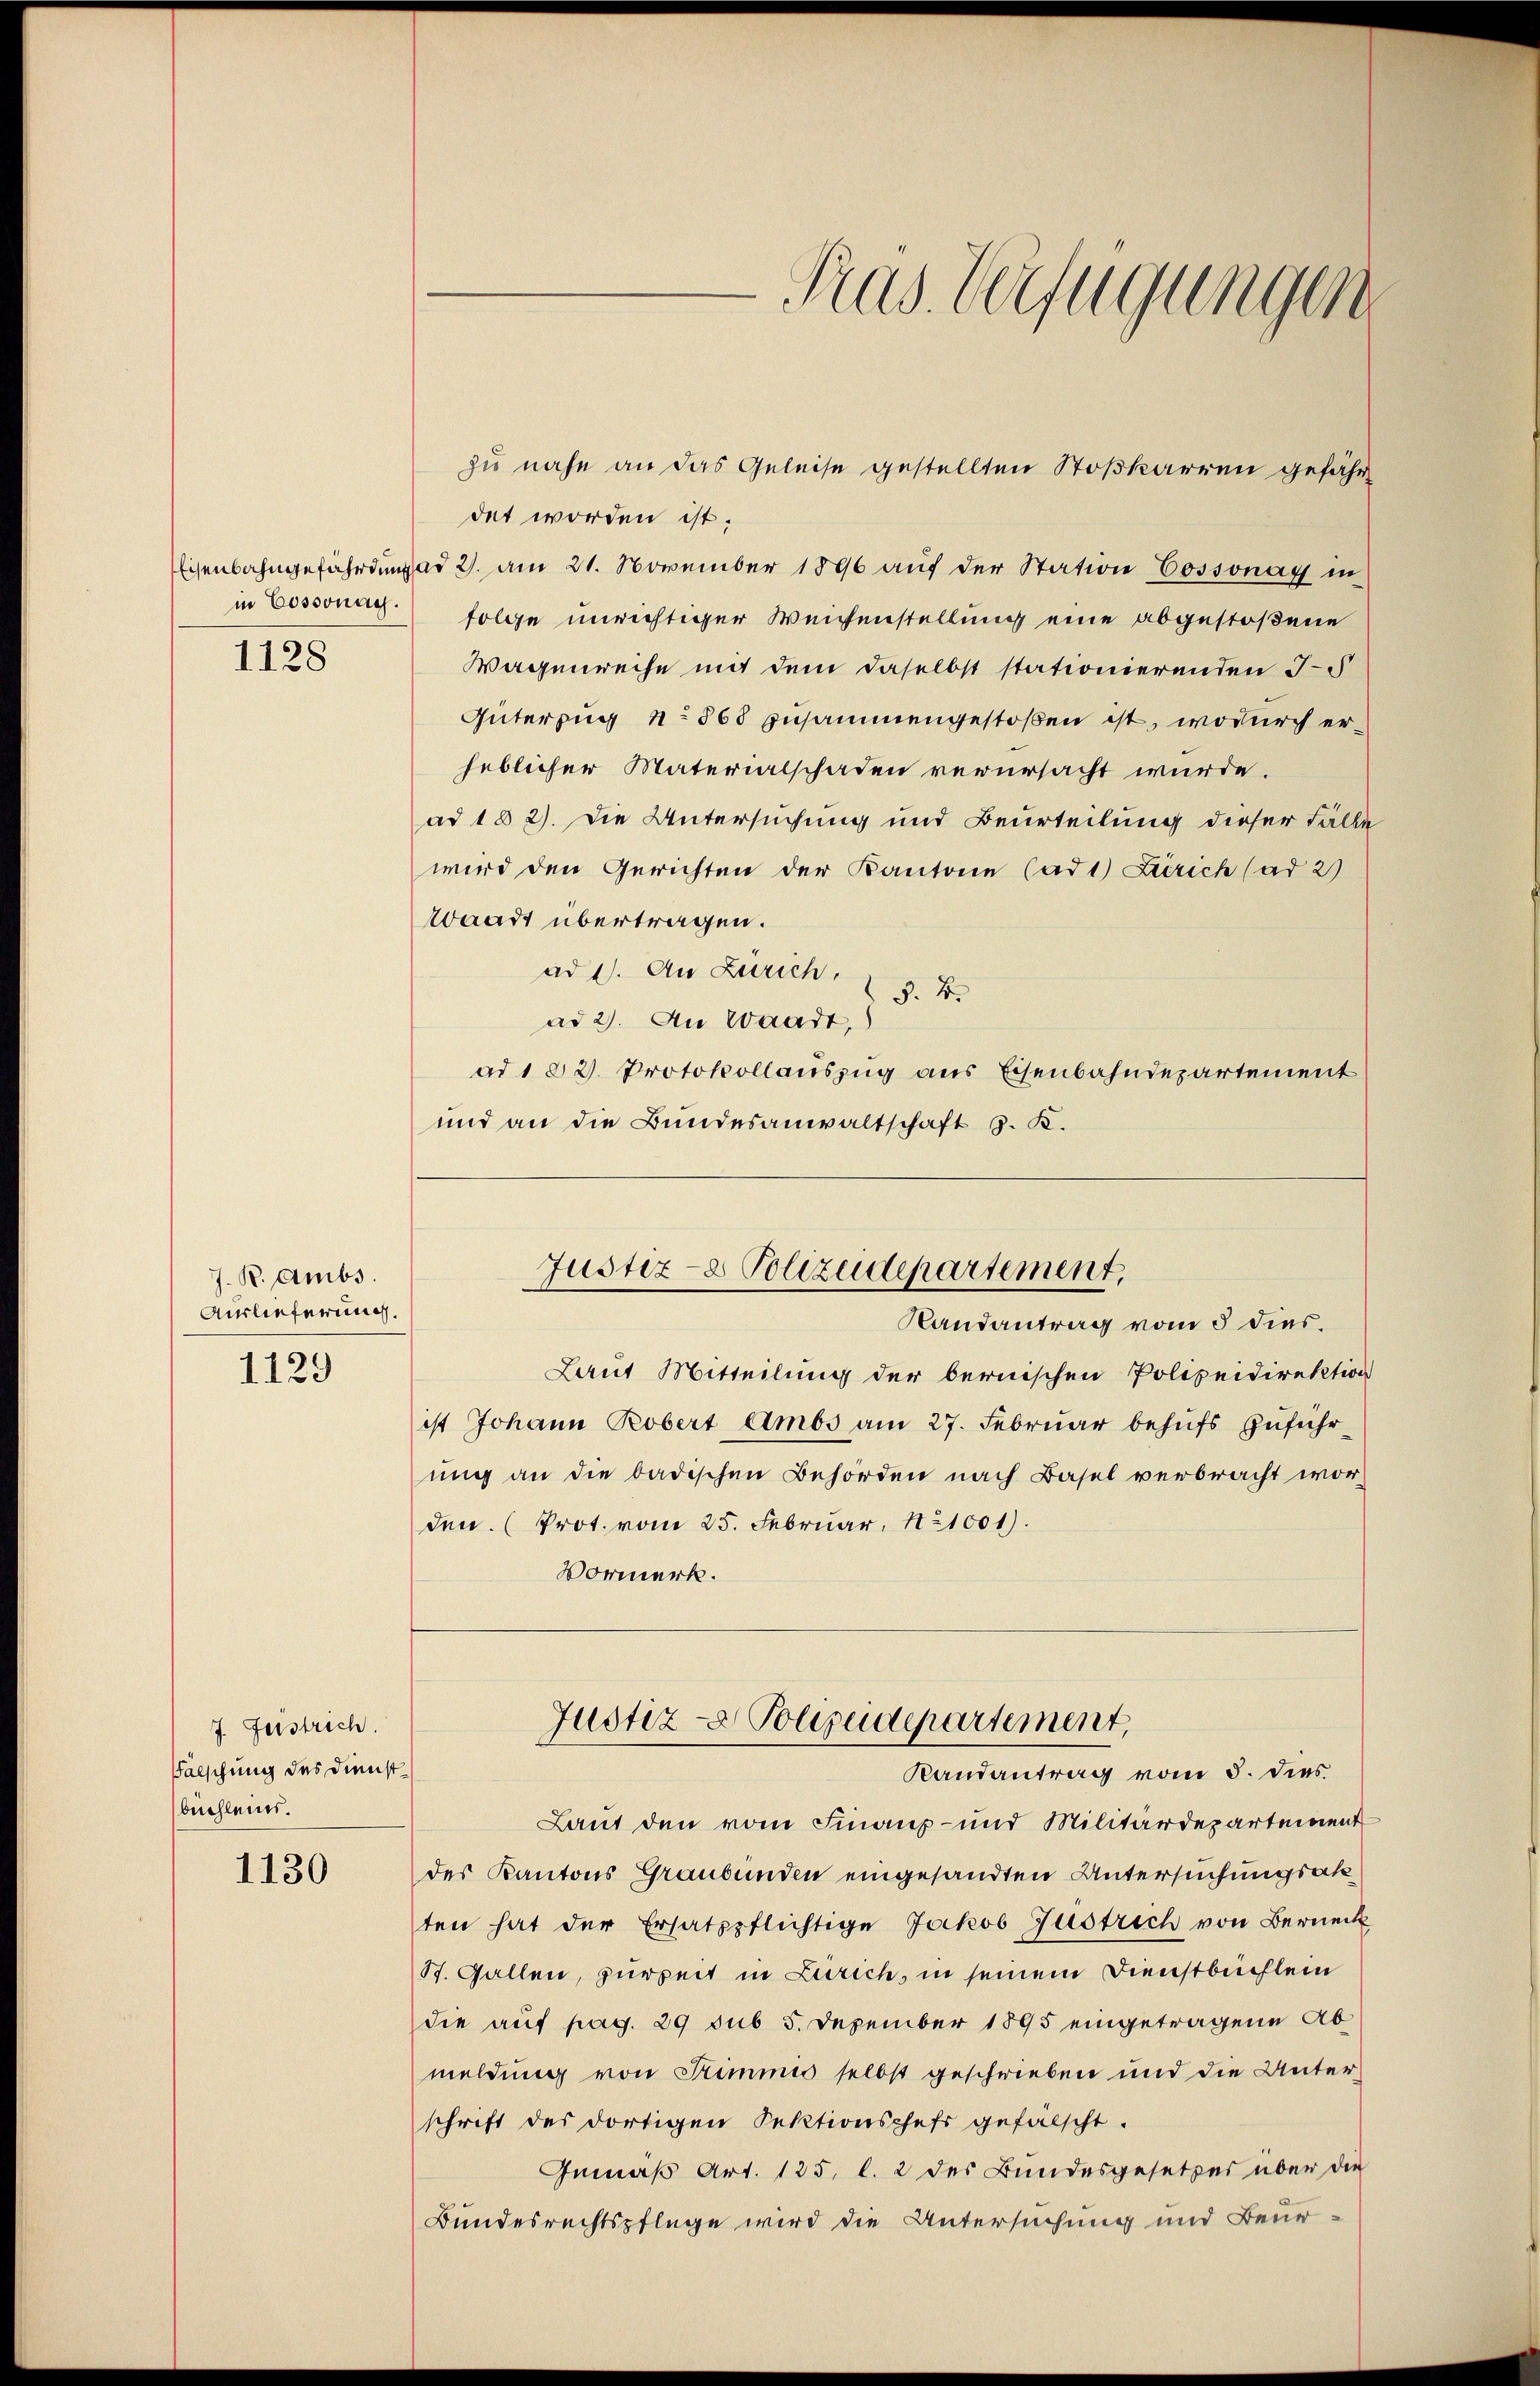
in Cossonay.

1128

J. B. Ambs
Auslieferung.

1129

7. Feistrich.
Falschung des Dienstbüchleins.

1130

det worden ist.
Eisenbahngefährdung ad 2. am 21. November 1896 auf der Station Cossonay in
folge unrichtiger Weisenstellung eine abgestoßene
Wagenreihe mit dem daselbst stationierenden J
Güterzug No. 568 zusammengestoßen ist, wodurch erheblicher Materialschaden verursacht wurde.
ad 182). Die Untersuchung und Beurteilung dieser Fälle
wird den Gerichten der Kantone (ad 1) Zürich (ad 2)
Waadt übertragen.
ad 1. An Zürich.
§. 2.
ad 2. An Waadt,
ad 1 § 2. Protokollauszug aus Eisenbahndepartement
und an die Bundesanwaltschaft z. K.

Laut Mitteilung der bernischen Polizeidirektion
ist Johann Robert Ambs am 27. Februar behufs zuführung an die badischen Behörden nach Basel verbracht worden. (Prot. vom 25. Februar, 11001).
Vormerk.
Justiz- & Polizeidepartement,
Randantrag vom 5. dies
Laut den vom Finanz- und Militärdepartement
des Kantons Graubünden eingesandten Untersuchungsak
ten hat der Ersatzpflichtige Jakob Justrich von Berneck
St. Gallen, zurzeit in Zürich, in seinem Dienstbüchlein
die auf pag. 29 sub 5. Dezember 1895 eingetragene Abmeldung von Stimmis selbst geschrieben und die Unter-
schrift des dortigen Sektionschefs gefalscht.
Gemäß Art. 135. l. 2 des Bundesgesetzes über die
Bundesrechtspflege wird die Untersuchung und Beur:

Fras Verfügungen

zu nahe an das Geleise gestellten Stoßkarren gefährt

Justiz- & Polizeidepartement,
Randantrag vom 5 dies.